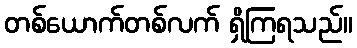
တစ်ယောက်တစ်လက် ရှိကြရသည်။